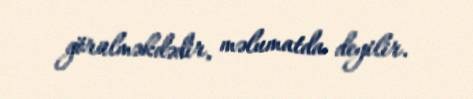
görülməkdədir, məlumatda deyilir.